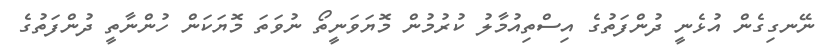
ނޭނގިގެން އުޅެނީ ދުންފަތުގެ އިސްތިއުމާލު ކުރުމުން މޮޔަވަނީތޯ ނުވަތަ މޮޔަކަން ހުންނާތީ ދުންފަތުގެ